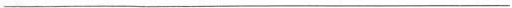
___